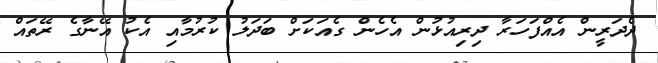
ދެދަރީން އެއްފަހަރާ ދިރިއުޅުން އެހެން ގެއަކަށް ބަދަލު ކުރުމާއި އެކު އޭނާގެ ރޭތައް